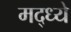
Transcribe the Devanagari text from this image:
मद्ध्ये